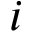
i